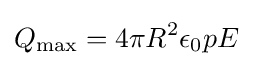
Q_{\mathrm {max} }=4\pi R^{2}\epsilon _{0}pE